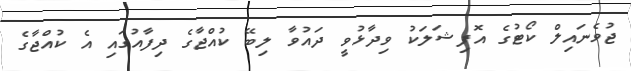
ޖުވެނައިލް ކޯޓުގެ އޮފިޝަލަކު ވިދާޅުވީ ދައުވާ ލިބޭ ކުއްޖާގެ ދިފާއުގައި އެ ކުއްޖާގެ